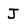
Character: J